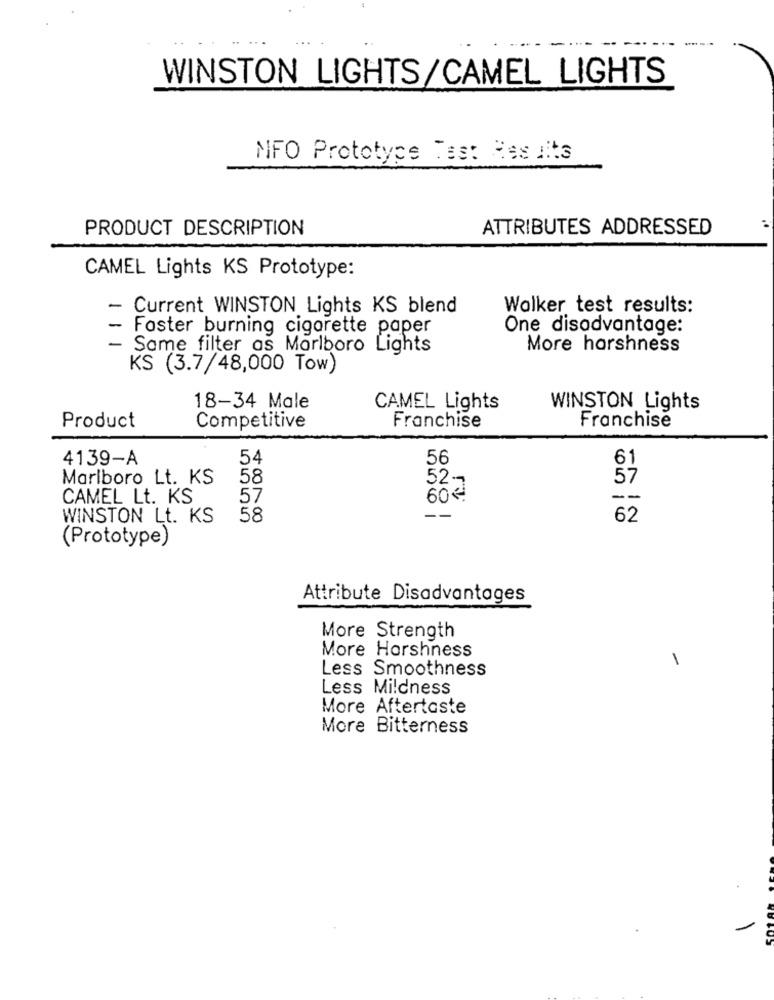
WINSTON LIGHTS/CAMEL LIGHTS
MFO Prototype Test Results
PRODUCT DESCRIPTION
ATTRIBUTES ADDRESSED
CAMEL Lights KS Prototype:
- Current WINSTON Lights KS blend
Walker test results:
- Faster burning cigarette paper
One disadvantage:
- Same filter as Marlboro Lights
More harshness
KS (3.7/48,000 Tow)
18-34 Male
CAMEL Lights
WINSTON Lights
Competitive
Franchise
Franchise
Product
4139-A
54
56
61
Marlboro Lt. KS
58
52-
57
CAMEL Lt. KS
57
60€
--
WINSTON Lt. KS
58
--
62
(Prototype)
Attribute Disadvantages
More Strength
More Harshness
1
Less Smoothness
Less Mildness
More Aftertaste
More Bitterness